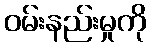
ဝမ်းနည်းမှုကို